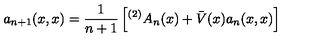
a _ { n + 1 } ( x , x ) = \frac { 1 } { n + 1 } \left[ { ^ { ( 2 ) } A } _ { n } ( x ) + \bar { V } ( x ) a _ { n } ( x , x ) \right]